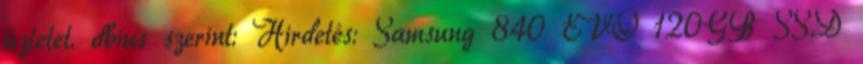
üzletet. dbius szerint: Hirdetés: Samsung 840 EVO 120GB SSD